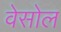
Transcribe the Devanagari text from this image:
वेसोल